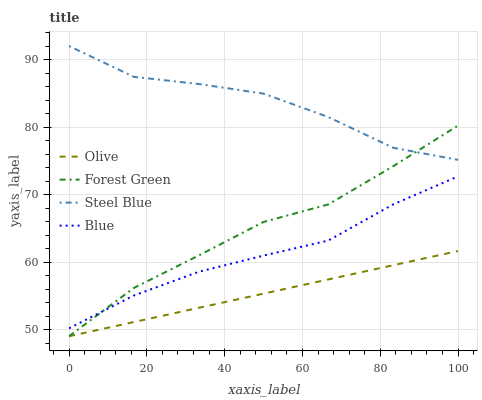
| xaxis_label | Olive | Forest Green | Steel Blue | Blue |
 | --- | --- | --- | --- | --- |
 | 0 | 49 | 49 | 92 | 50.2 |
 | 16.7 | 51.1 | 56.2 | 87.4 | 55 |
 | 33.3 | 53.2 | 61 | 86.4 | 58.5 |
 | 50 | 55.3 | 65.9 | 84.9 | 60.9 |
 | 66.7 | 57.4 | 68.5 | 81.5 | 63.2 |
 | 83.3 | 59.5 | 74.2 | 76.9 | 68.5 |
 | 100 | 61.6 | 80.2 | 75.1 | 72.7 |